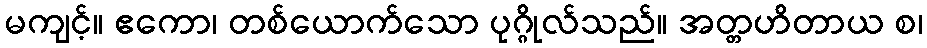
မကျင့်။ ဧကော၊ တစ်ယောက်သော ပုဂ္ဂိုလ်သည်။ အတ္တဟိတာယ စ၊